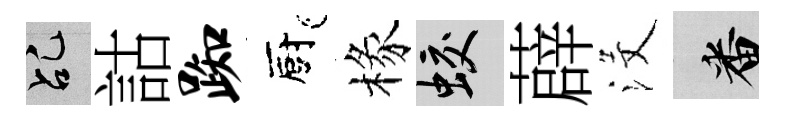
乩詁踟廚椽蛟薜沒番